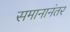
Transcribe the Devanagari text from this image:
समानानंतर